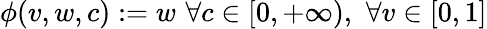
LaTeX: \phi(v,w,c):=w\, \, \forall c\in[0,+\infty),\, \, \forall v\in[0,1]